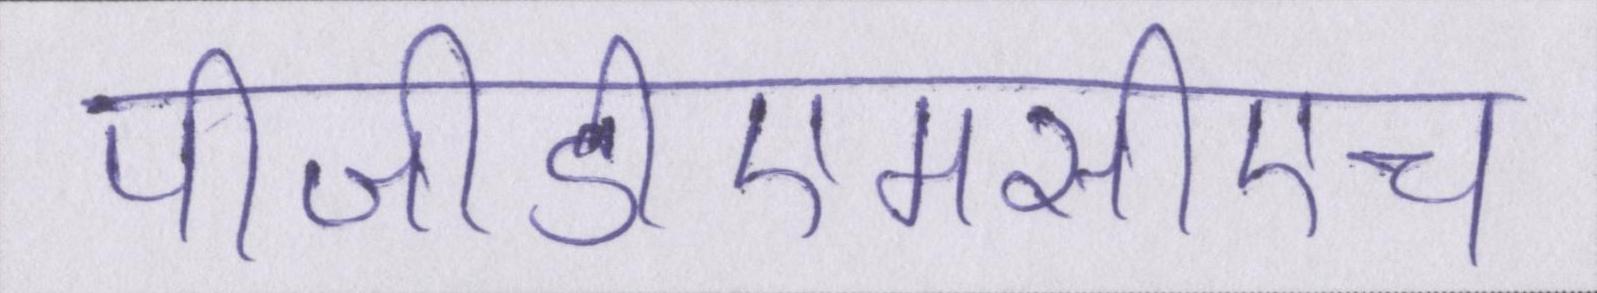
पीजीडीएमसीएच